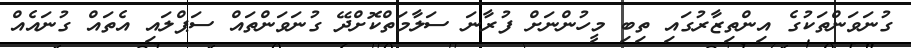
ގުނަވަންތަކުގެ އިންތިޒާރުގައި ތިބި މީހުންނަށް ފުރާނަ ސަލާމަތްކޮށްދޭ ގުނަވަންތައް ސަޕްލައި އެތައް ގުނައެއް